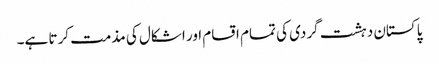
پاکستان دہشت گردی کی تمام اقسام اور اشکال کی مذمت کرتا ہے۔